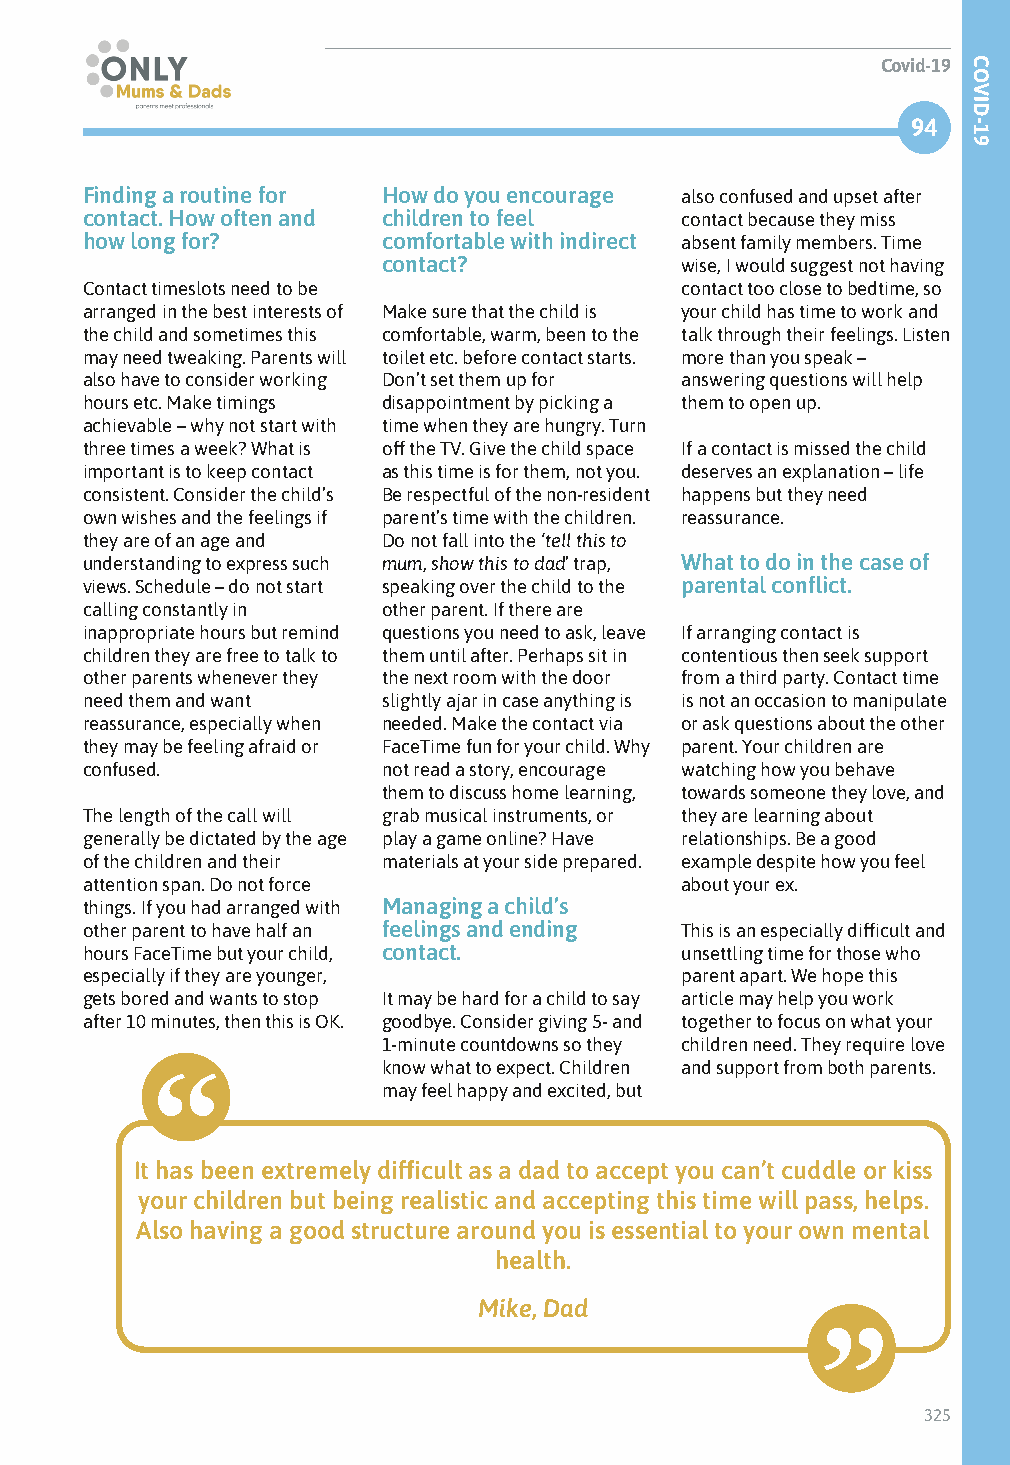
Covid-19
 94
 Finding a routine for How do you encourage also confused and upset after
 contact. How often and children to feel contact because they miss
 how long for?       comfortable with indirect absent family members. Time
 contact?            wise, I would suggest not having
 Contact timeslots need to be            contact too close to bedtime, so
 arranged in the best interests of Make sure that the child is your child has time to work and
 the child and sometimes this comfortable, warm, been to the talk through their feelings. Listen
 may need tweaking. Parents will toilet etc. before contact starts. more than you speak –
 also have to consider working Don’t set them up for answering questions will help
 hours etc. Make timings disappointment by picking a them to open up.
 achievable – why not start with time when they are hungry. Turn
 three times a week? What is off the TV. Give the child space If a contact is missed the child
 important is to keep contact as this time is for them, not you. deserves an explanation – life
 consistent. Consider the child’s Be respectful of the non-resident happens but they need
 own wishes and the feelings if parent’s time with the children. reassurance.
 they are of an age and Do not fall into the ‘tell this to
 understanding to express such mum, show this to dad’ trap, What to do in the case of
 views. Schedule – do not start speaking over the child to the parental conflict.
 calling constantly in other parent. If there are
 inappropriate hours but remind questions you need to ask, leave If arranging contact is
 children they are free to talk to them until after. Perhaps sit in contentious then seek support
 other parents whenever they the next room with the door from a third party. Contact time
 need them and want  slightly ajar in case anything is is not an occasion to manipulate
 reassurance, especially when needed. Make the contact via or ask questions about the other
 they may be feeling afraid or FaceTime fun for your child. Why parent. Your children are
 confused.           not read a story, encourage watching how you behave
 them to discuss home learning, towards someone they love, and
 The length of the call will grab musical instruments, or they are learning about
 generally be dictated by the age play a game online? Have relationships. Be a good
 of the children and their materials at your side prepared. example despite how you feel
 attention span. Do not force            about your ex.
 things. If you had arranged with Managing a child’s
 other parent to have half an feelings and ending This is an especially difficult and
 hours FaceTime but your child, contact. unsettling time for those who
 especially if they are younger,         parent apart. We hope this
 gets bored and wants to stop It may be hard for a child to say article may help you work
 after 10 minutes, then this is OK. goodbye. Consider giving 5- and together to focus on what your
 1-minute countdowns so they children need. They require love
 know what to expect. Children and support from both parents.
 may feel happy and excited, but
 It has been extremely difficult as a dad to accept you can’t cuddle or kiss
 your children but being realistic and accepting this time will pass, helps.
 Also having a good structure around you is essential to your own mental
 health.
 Mike, Dad
 325
 COVID-19